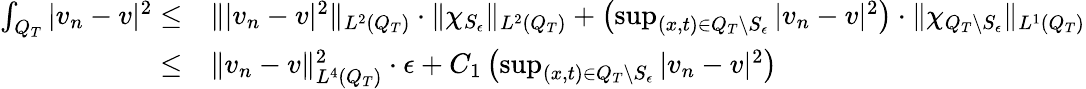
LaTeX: \begin{array}{rl}{\int_{Q_{T}}|v_{n}-v|^{2}\leq}&{\lVert|v_{n}-v|^{2}\rVert_{L^{2}(Q_{T})}\cdot\lVert\chi_{S_{\epsilon}}\rVert_{L^{2}(Q_{T})}+\left(\operatorname*{sup}_{(x,t)\in Q_{T}\backslash S_{\epsilon}}|v_{n}-v|^{2}\right)\cdot\lVert\chi_{Q_{T}\backslash S_{\epsilon}}\rVert_{L^{1}(Q_{T})}}\\ {\leq}&{\lVert v_{n}-v\rVert_{L^{4}(Q_{T})}^{2}\cdot\epsilon+C_{1}\left(\operatorname*{sup}_{(x,t)\in Q_{T}\backslash S_{\epsilon}}|v_{n}-v|^{2}\right)}\end{array}